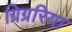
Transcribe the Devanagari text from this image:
ग्रिग्ररिया